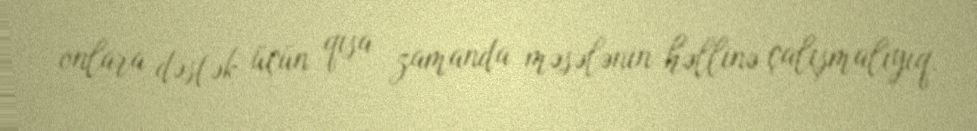
onlara dəstək üçün qısa zamanda məsələnin həllinə çalışmalıyıq.